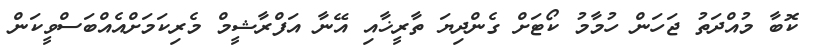
ކޮބާ މުއްދަތު ޖަހަން ހުމާމު ކޯޓަށް ގެންދިޔަ ތާރީޚާއި އޭނާ އަފްރާޝީމް މެރިކަމަށްއެއްބަސްވީކަން